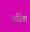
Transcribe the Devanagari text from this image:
नार्जिता